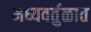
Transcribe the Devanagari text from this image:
मध्यवर्तुळात